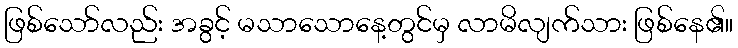
ဖြစ်သော်လည်း အခွင့် မသာသောနေ့တွင်မှ လာမိလျက်သား ဖြစ်နေ၏။